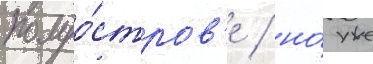
полуо́стров'е / но́ уже